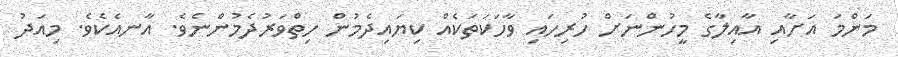
މަންމަ އަށާއި އާއިލާގެ މީހުންނަށް ހުރިހައި ވާހަކަތަކެއް ކިޔައިދެމުން ހިތްވަރުދެމުންނެވެ. އާނއެކެވެ. މިއަދު